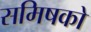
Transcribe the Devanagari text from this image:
समिषको